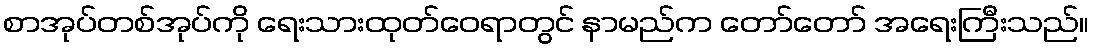
စာအုပ်တစ်အုပ်ကို ရေးသားထုတ်ဝေရာတွင် နာမည်က တော်တော် အရေးကြီးသည်။